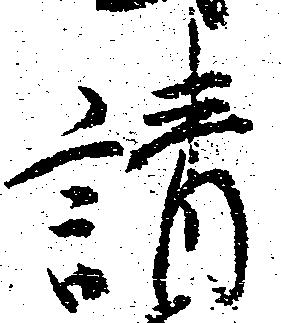
請